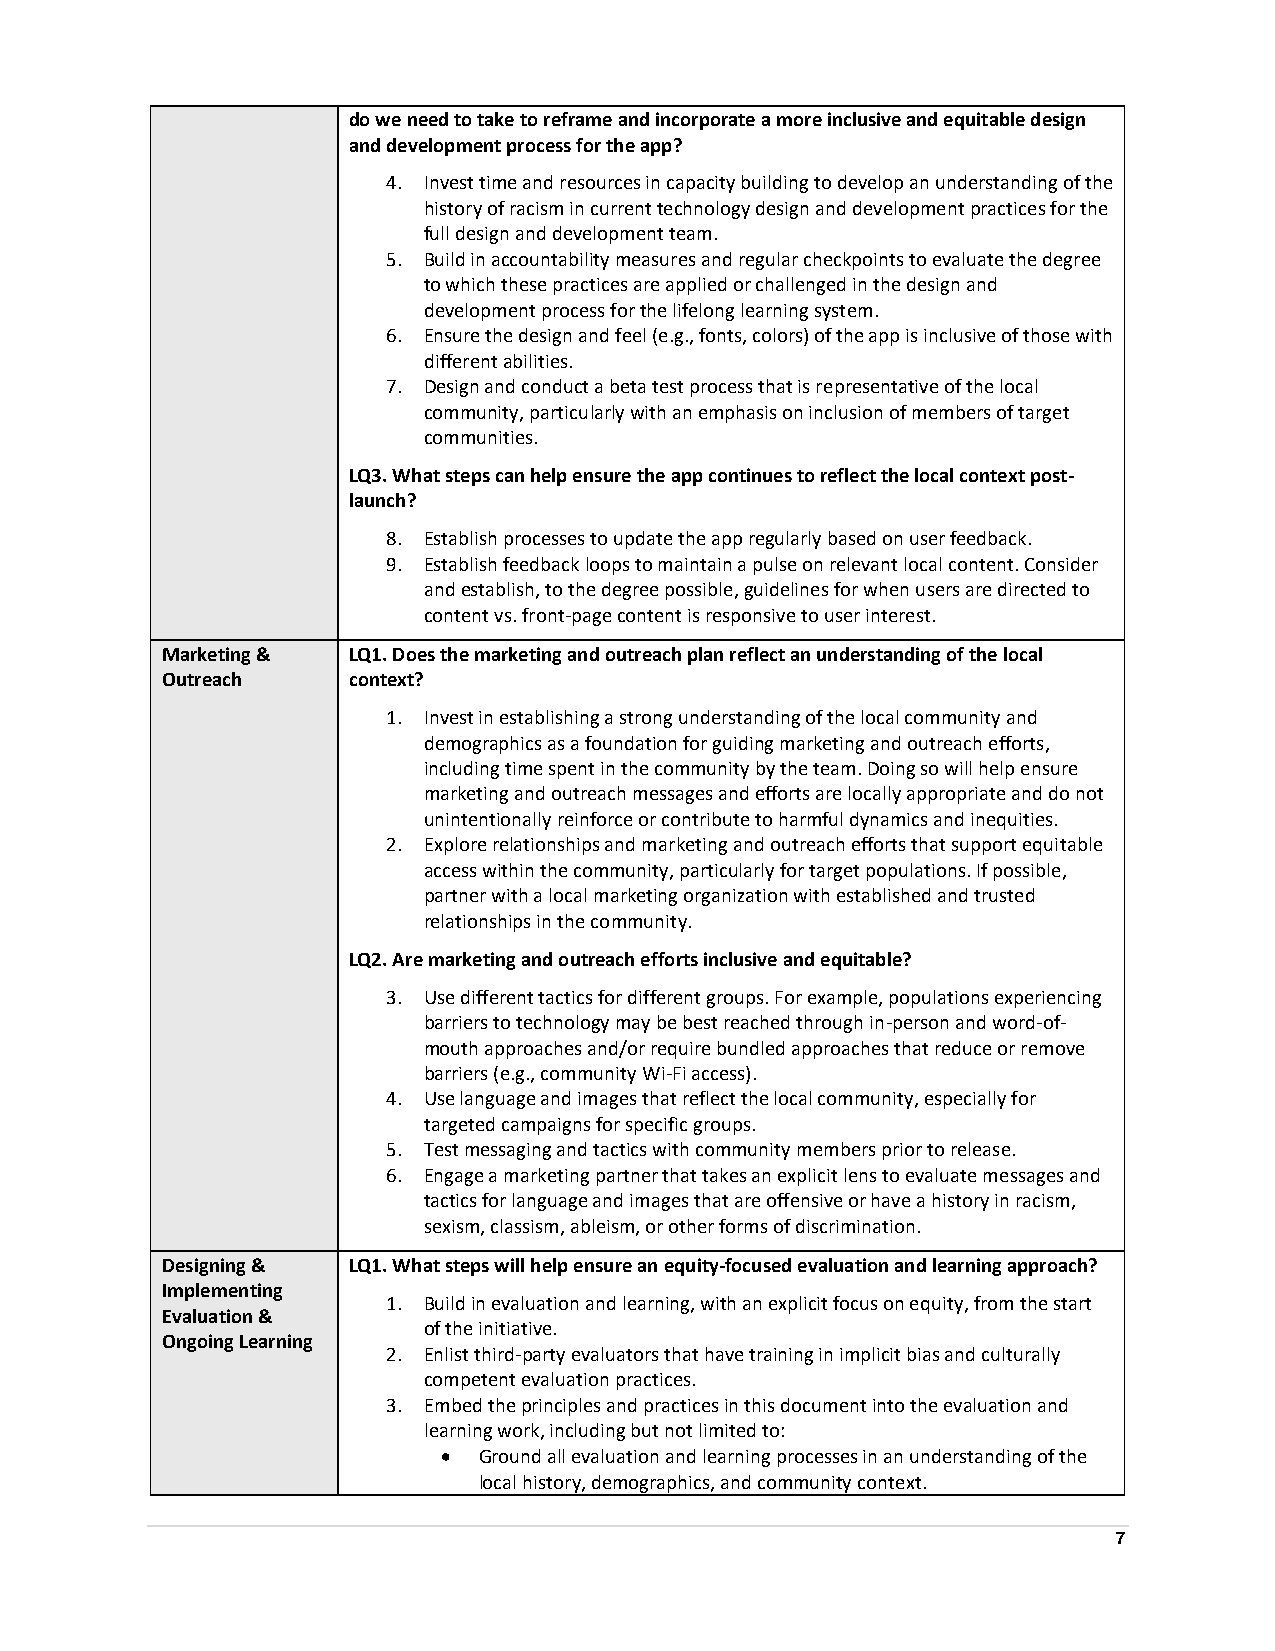
do we need to take to reframe and incorporate a more inclusive and equitable design
 and development process for the app?
 4. Invest time and resources in capacity building to develop an understanding of the
 history of racism in current technology design and development practices for the
 full design and development team.
 5. Build in accountability measures and regular checkpoints to evaluate the degree
 to which these practices are applied or challenged in the design and
 development process for the lifelong learning system.
 6. Ensure the design and feel (e.g., fonts, colors) of the app is inclusive of those with
 different abilities.
 7. Design and conduct a beta test process that is representative of the local
 community, particularly with an emphasis on inclusion of members of target
 communities.
 LQ3. What steps can help ensure the app continues to reflect the local context post-
 launch?
 8. Establish processes to update the app regularly based on user feedback.
 9. Establish feedback loops to maintain a pulse on relevant local content. Consider
 and establish, to the degree possible, guidelines for when users are directed to
 content vs. front-page content is responsive to user interest.
 Marketing & LQ1. Does the marketing and outreach plan reflect an understanding of the local
 Outreach    context?
 1. Invest in establishing a strong understanding of the local community and
 demographics as a foundation for guiding marketing and outreach efforts,
 including time spent in the community by the team. Doing so will help ensure
 marketing and outreach messages and efforts are locally appropriate and do not
 unintentionally reinforce or contribute to harmful dynamics and inequities.
 2. Explore relationships and marketing and outreach efforts that support equitable
 access within the community, particularly for target populations. If possible,
 partner with a local marketing organization with established and trusted
 relationships in the community.
 LQ2. Are marketing and outreach efforts inclusive and equitable?
 3. Use different tactics for different groups. For example, populations experiencing
 barriers to technology may be best reached through in-person and word-of-
 mouth approaches and/or require bundled approaches that reduce or remove
 barriers (e.g., community Wi-Fi access).
 4. Use language and images that reflect the local community, especially for
 targeted campaigns for specific groups.
 5. Test messaging and tactics with community members prior to release.
 6. Engage a marketing partner that takes an explicit lens to evaluate messages and
 tactics for language and images that are offensive or have a history in racism,
 sexism, classism, ableism, or other forms of discrimination.
 Designing & LQ1. What steps will help ensure an equity-focused evaluation and learning approach?
 Implementing
 1. Build in evaluation and learning, with an explicit focus on equity, from the start
 Evaluation &
 of the initiative.
 Ongoing Learning
 2. Enlist third-party evaluators that have training in implicit bias and culturally
 competent evaluation practices.
 3. Embed the principles and practices in this document into the evaluation and
 learning work, including but not limited to:
   Ground all evaluation and learning processes in an understanding of the
 local history, demographics, and community context.
 7